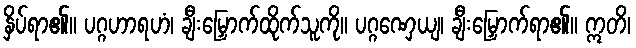
နှိပ်ရာ၏။ ပဂ္ဂဟာရဟံ၊ ချီးမြှောက်ထိုက်သူကို။ ပဂ္ဂဏှေယျ၊ ချီးမြှောက်ရာ၏။ ဣတိ၊